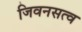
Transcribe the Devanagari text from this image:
जिवनसत्व